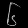
Digit: ၆